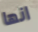
انها